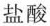
盐酸